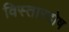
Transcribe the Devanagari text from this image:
विस्तारदोष